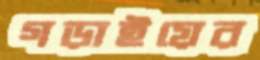
গড়াইয়ের